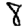
Digit: 8